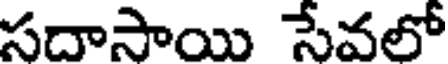
సదాసాయి సేవలో